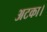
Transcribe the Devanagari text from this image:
अटका।